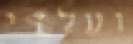
ועלזי